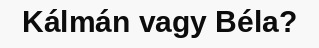
Kálmán vagy Béla?